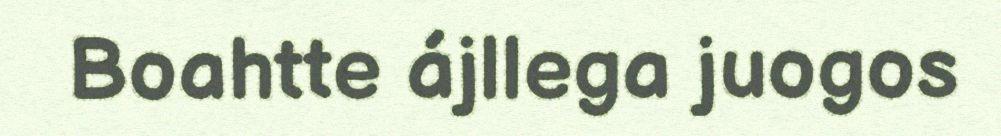
Boahtte ájllega juogos